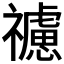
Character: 𥜜